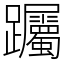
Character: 䠱